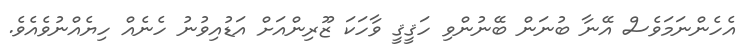
އެހެންނަމަވެސް އޭނާ ބުނަން ބޭނުންވި ހަޤީޤީ ވާހަކަ ޒޫރިންއަށް އަޑުއިވުނު ހެނެއް ހިޔެއްނުވެއެވެ.